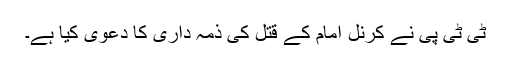
ٹی ٹی پی نے کرنل امام کے قتل کی ذمہ داری کا دعوی کیا ہے۔